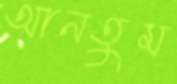
আনতুম